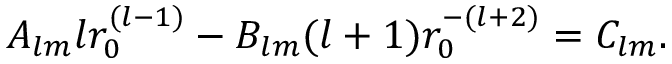
A _ { l m } l r _ { 0 } ^ { ( l - 1 ) } - B _ { l m } ( l + 1 ) r _ { 0 } ^ { - ( l + 2 ) } = C _ { l m } .